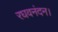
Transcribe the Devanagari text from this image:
रघवनंदन।